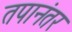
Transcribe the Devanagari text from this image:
तपानंतर